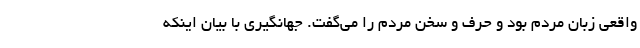
واقعی زبان مردم بود و حرف و سخن مردم را می‌گفت. جهانگیری با بیان اینکه